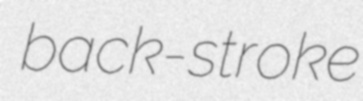
back-stroke